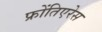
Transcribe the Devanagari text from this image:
फ्रोंतिएरेस